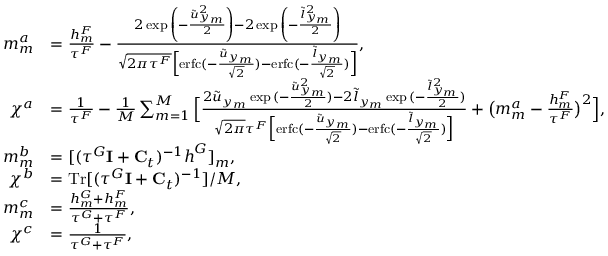
\begin{array} { r l } { m _ { m } ^ { a } } & { = \frac { h _ { m } ^ { F } } { \tau ^ { F } } - \frac { 2 \exp { \left( - \frac { \tilde { u } _ { y _ { m } } ^ { 2 } } { 2 } \right) } - 2 \exp { \left( - \frac { \tilde { l } _ { y _ { m } } ^ { 2 } } { 2 } \right) } } { \sqrt { 2 \pi \tau ^ { F } } \Big [ \mathrm { e r f c } ( - \frac { \tilde { u } _ { y _ { m } } } { \sqrt { 2 } } ) - \mathrm { e r f c } ( - \frac { \tilde { l } _ { y _ { m } } } { \sqrt { 2 } } ) \Big ] } , } \\ { \chi ^ { a } } & { = \frac { 1 } { \tau ^ { F } } - \frac { 1 } { M } \sum _ { m = 1 } ^ { M } \Big [ \frac { 2 \tilde { u } _ { y _ { m } } \exp { ( - \frac { \tilde { u } _ { y _ { m } } ^ { 2 } } { 2 } ) } - 2 \tilde { l } _ { y _ { m } } \exp { ( - \frac { \tilde { l } _ { y _ { m } } ^ { 2 } } { 2 } ) } } { \sqrt { 2 \pi } \tau ^ { F } \Big [ \mathrm { e r f c } ( - \frac { \tilde { u } _ { y _ { m } } } { \sqrt { 2 } } ) - \mathrm { e r f c } ( - \frac { \tilde { l } _ { y _ { m } } } { \sqrt { 2 } } ) \Big ] } + \big ( m _ { m } ^ { a } - \frac { h _ { m } ^ { F } } { \tau ^ { F } } \big ) ^ { 2 } \Big ] , } \\ { m _ { m } ^ { b } } & { = [ ( \tau ^ { G } { \bf { I } } + { \bf { C } } _ { t } ) ^ { - 1 } \boldsymbol { h } ^ { G } ] _ { m } , } \\ { \chi ^ { b } } & { = \mathrm { T r } [ ( \tau ^ { G } { \bf { I } } + { \bf { C } } _ { t } ) ^ { - 1 } ] / M , } \\ { m _ { m } ^ { c } } & { = \frac { h _ { m } ^ { G } + h _ { m } ^ { F } } { \tau ^ { G } + \tau ^ { F } } , } \\ { \chi ^ { c } } & { = \frac { 1 } { \tau ^ { G } + \tau ^ { F } } , } \end{array}